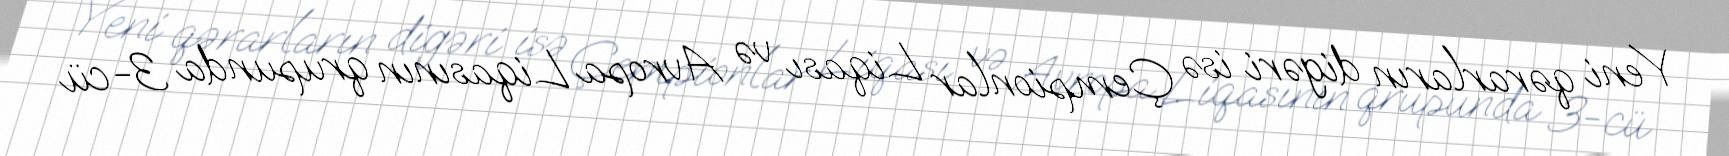
Yeni qərarların digəri isə Çempionlar Liqası və Avropa Liqasının qrupunda 3-cü